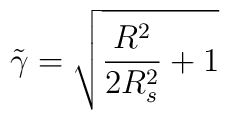
\tilde{\gamma} =  \sqrt{\frac{R^2}{2R_s^2} + 1}